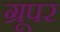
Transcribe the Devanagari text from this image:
ग्रूपर